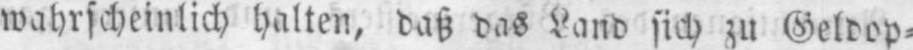
wahrscheinlich halten, daß das Land sich zu Geldop⸗